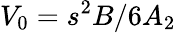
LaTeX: V_{0}=s^{2}B/{6A_{2}}